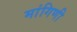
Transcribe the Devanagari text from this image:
मांगिणी